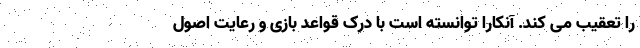
را تعقیب می کند. آنکارا توانسته است با درک قواعد بازی و رعایت اصول